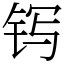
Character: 䥾